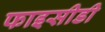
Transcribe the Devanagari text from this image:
फाइसीडी